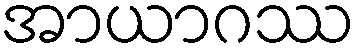
အာယာဂဿ